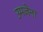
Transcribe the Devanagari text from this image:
उमजेना